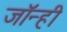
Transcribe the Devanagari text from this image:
जॉन्ही